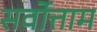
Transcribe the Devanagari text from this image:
सर्वोत्ताम